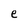
Character: e